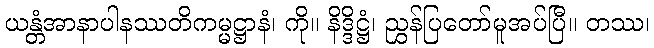
ယန္တံအာနာပါနဿတိကမ္မဋ္ဌာနံ၊ ကို။ နိဒ္ဒိဋ္ဌံ၊ ညွှန်ပြတော်မူအပ်ပြီ။ တဿ၊